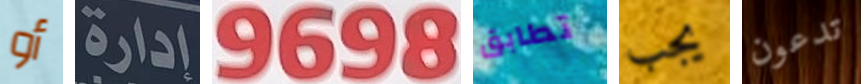
أو إدارة 9698 تطابق يجب تدعون